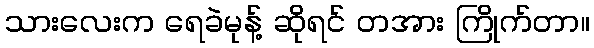
သားလေးက ရေခဲမုန့် ဆိုရင် တအား ကြိုက်တာ။